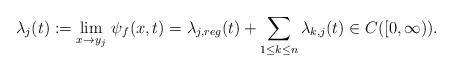
LaTeX: \begin{align*}\lambda_j(t):=\lim_{x \to y_j}\,\psi_{f}(x,t)=\lambda_{j,reg}(t)+\sum\limits_{1\le k\le n}\lambda_{k,j}(t)\in C([0,\infty)).\end{align*}